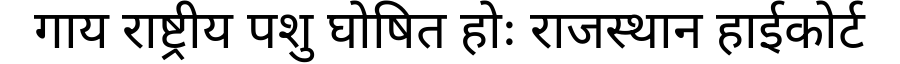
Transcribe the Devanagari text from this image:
गाय राष्ट्रीय पशु घोषित होः राजस्थान हाईकोर्ट